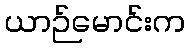
ယာဉ်မောင်းက